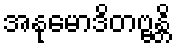
အနုမောဒိတဗ္ဗန္တိ